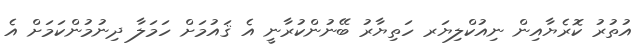
އުތުރު ކޮރެޔާއިން ނިއުކްލިޔަރ ހަތިޔާރު ބޭނުންކުރާނީ އެ ޤައުމަށް ހަމަލާ ދިނުމުންކަމަށް އެ